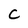
Character: C